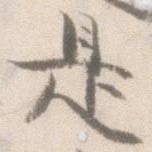
是